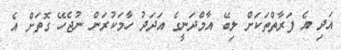
އަދި އެ ފަރާތްތަކަށް ލިބޭ އާމްދަނީގެ އަދަދު ހާމަކުރަން ނުޖެހޭ ގޮތަށް އެ